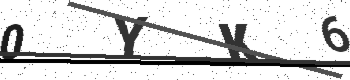
Text: 0YK6